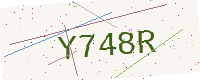
Text: Y748R